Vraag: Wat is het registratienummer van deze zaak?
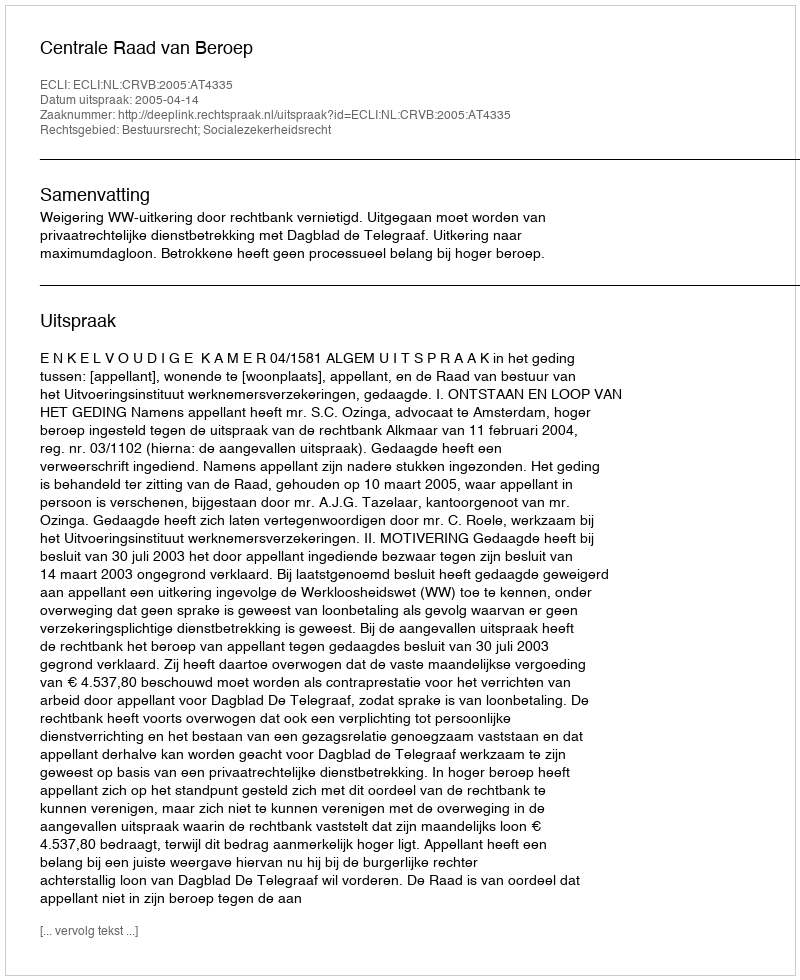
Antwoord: http://deeplink.rechtspraak.nl/uitspraak?id=ECLI:NL:CRVB:2005:AT4335